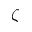
\zeta